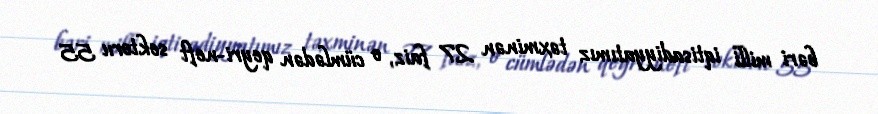
bəri milli iqtisadiyyatımız təxminən 27 faiz, o cümlədən qeyri-neft sektoru 55